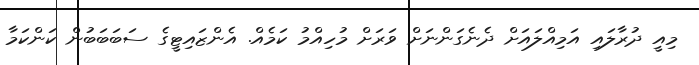
މިއީ ދުރާލައި އަމިއްލައަށް ދެނެގަންނަށް ވަރަށް މުހިއްމު ކަމެއް. އެންޒައިޓީގެ ސަބަބަބުން ކަންކަމާ